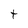
Character: t